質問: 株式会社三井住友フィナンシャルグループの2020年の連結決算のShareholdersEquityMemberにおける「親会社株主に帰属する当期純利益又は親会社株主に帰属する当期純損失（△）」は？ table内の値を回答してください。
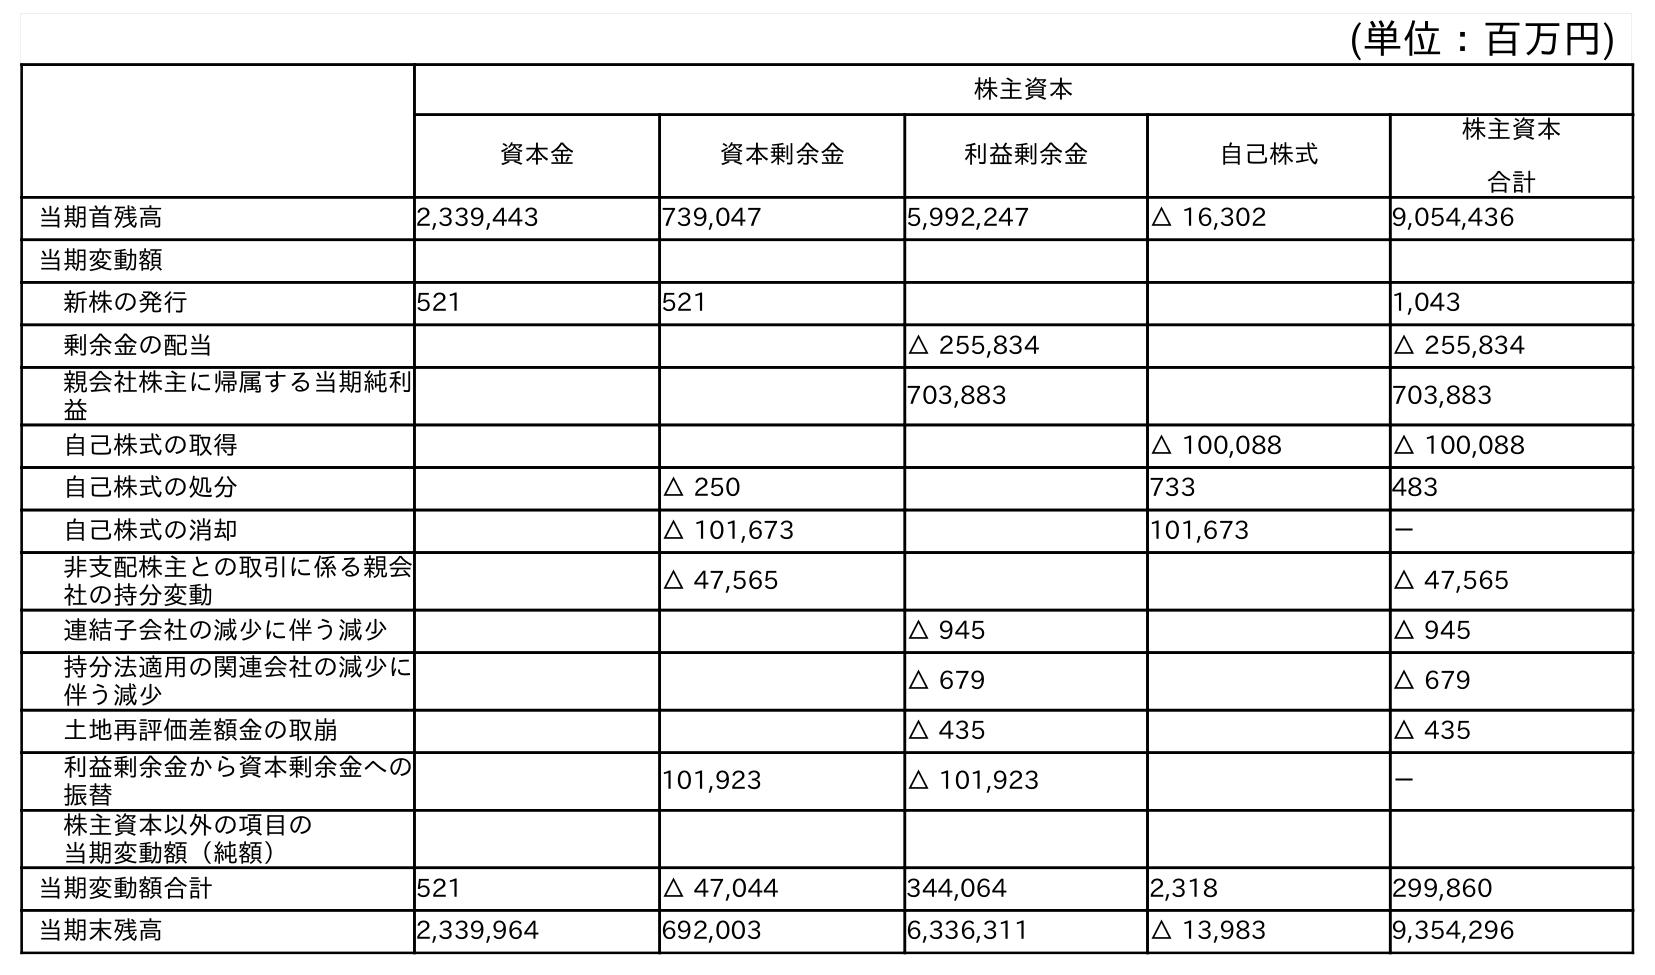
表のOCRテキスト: (単位：百万円) 株主資本 資本金 資本剰余金 利益剰余金 自己株式 株主資本 合計 当期首残高 2,339,443 739,047 5,992,247 △ 16,302 9,054,436 当期変動額 新株の発行 521 521 1,043 剰余金の配当 △ 255,834 △ 255,834 親会社株主に帰属する当期純利 益 703,883 703,883 自己株式の取得 △ 100,088 △ 100,088 自己株式の処分 △ 250 733 483 自己株式の消却 △ 101,673 101,673 － 非支配株主との取引に係る親会 社の持分変動 △ 47,565 △ 47,565 連結子会社の減少に伴う減少 △ 945 △ 945 持分法適用の関連会社の減少に 伴う減少 △ 679 △ 679 土地再評価差額金の取崩 △ 435 △ 435 利益剰余金から資本剰余金への 振替 101,923 △ 101,923 － 株主資本以外の項目の 当期変動額（純額） 当期変動額合計 521 △ 47,044 344,064 2,318 299,860 当期末残高 2,339,964 692,003 6,336,311 △ 13,983 9,354,296
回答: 703,883